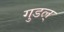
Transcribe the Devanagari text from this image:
गुडल्